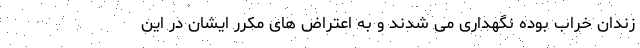
زندان خراب بوده نگهداری می شدند و به اعتراض های مکرر ایشان در این